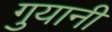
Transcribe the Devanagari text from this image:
गुयानी